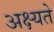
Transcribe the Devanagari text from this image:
अक्ष्यते